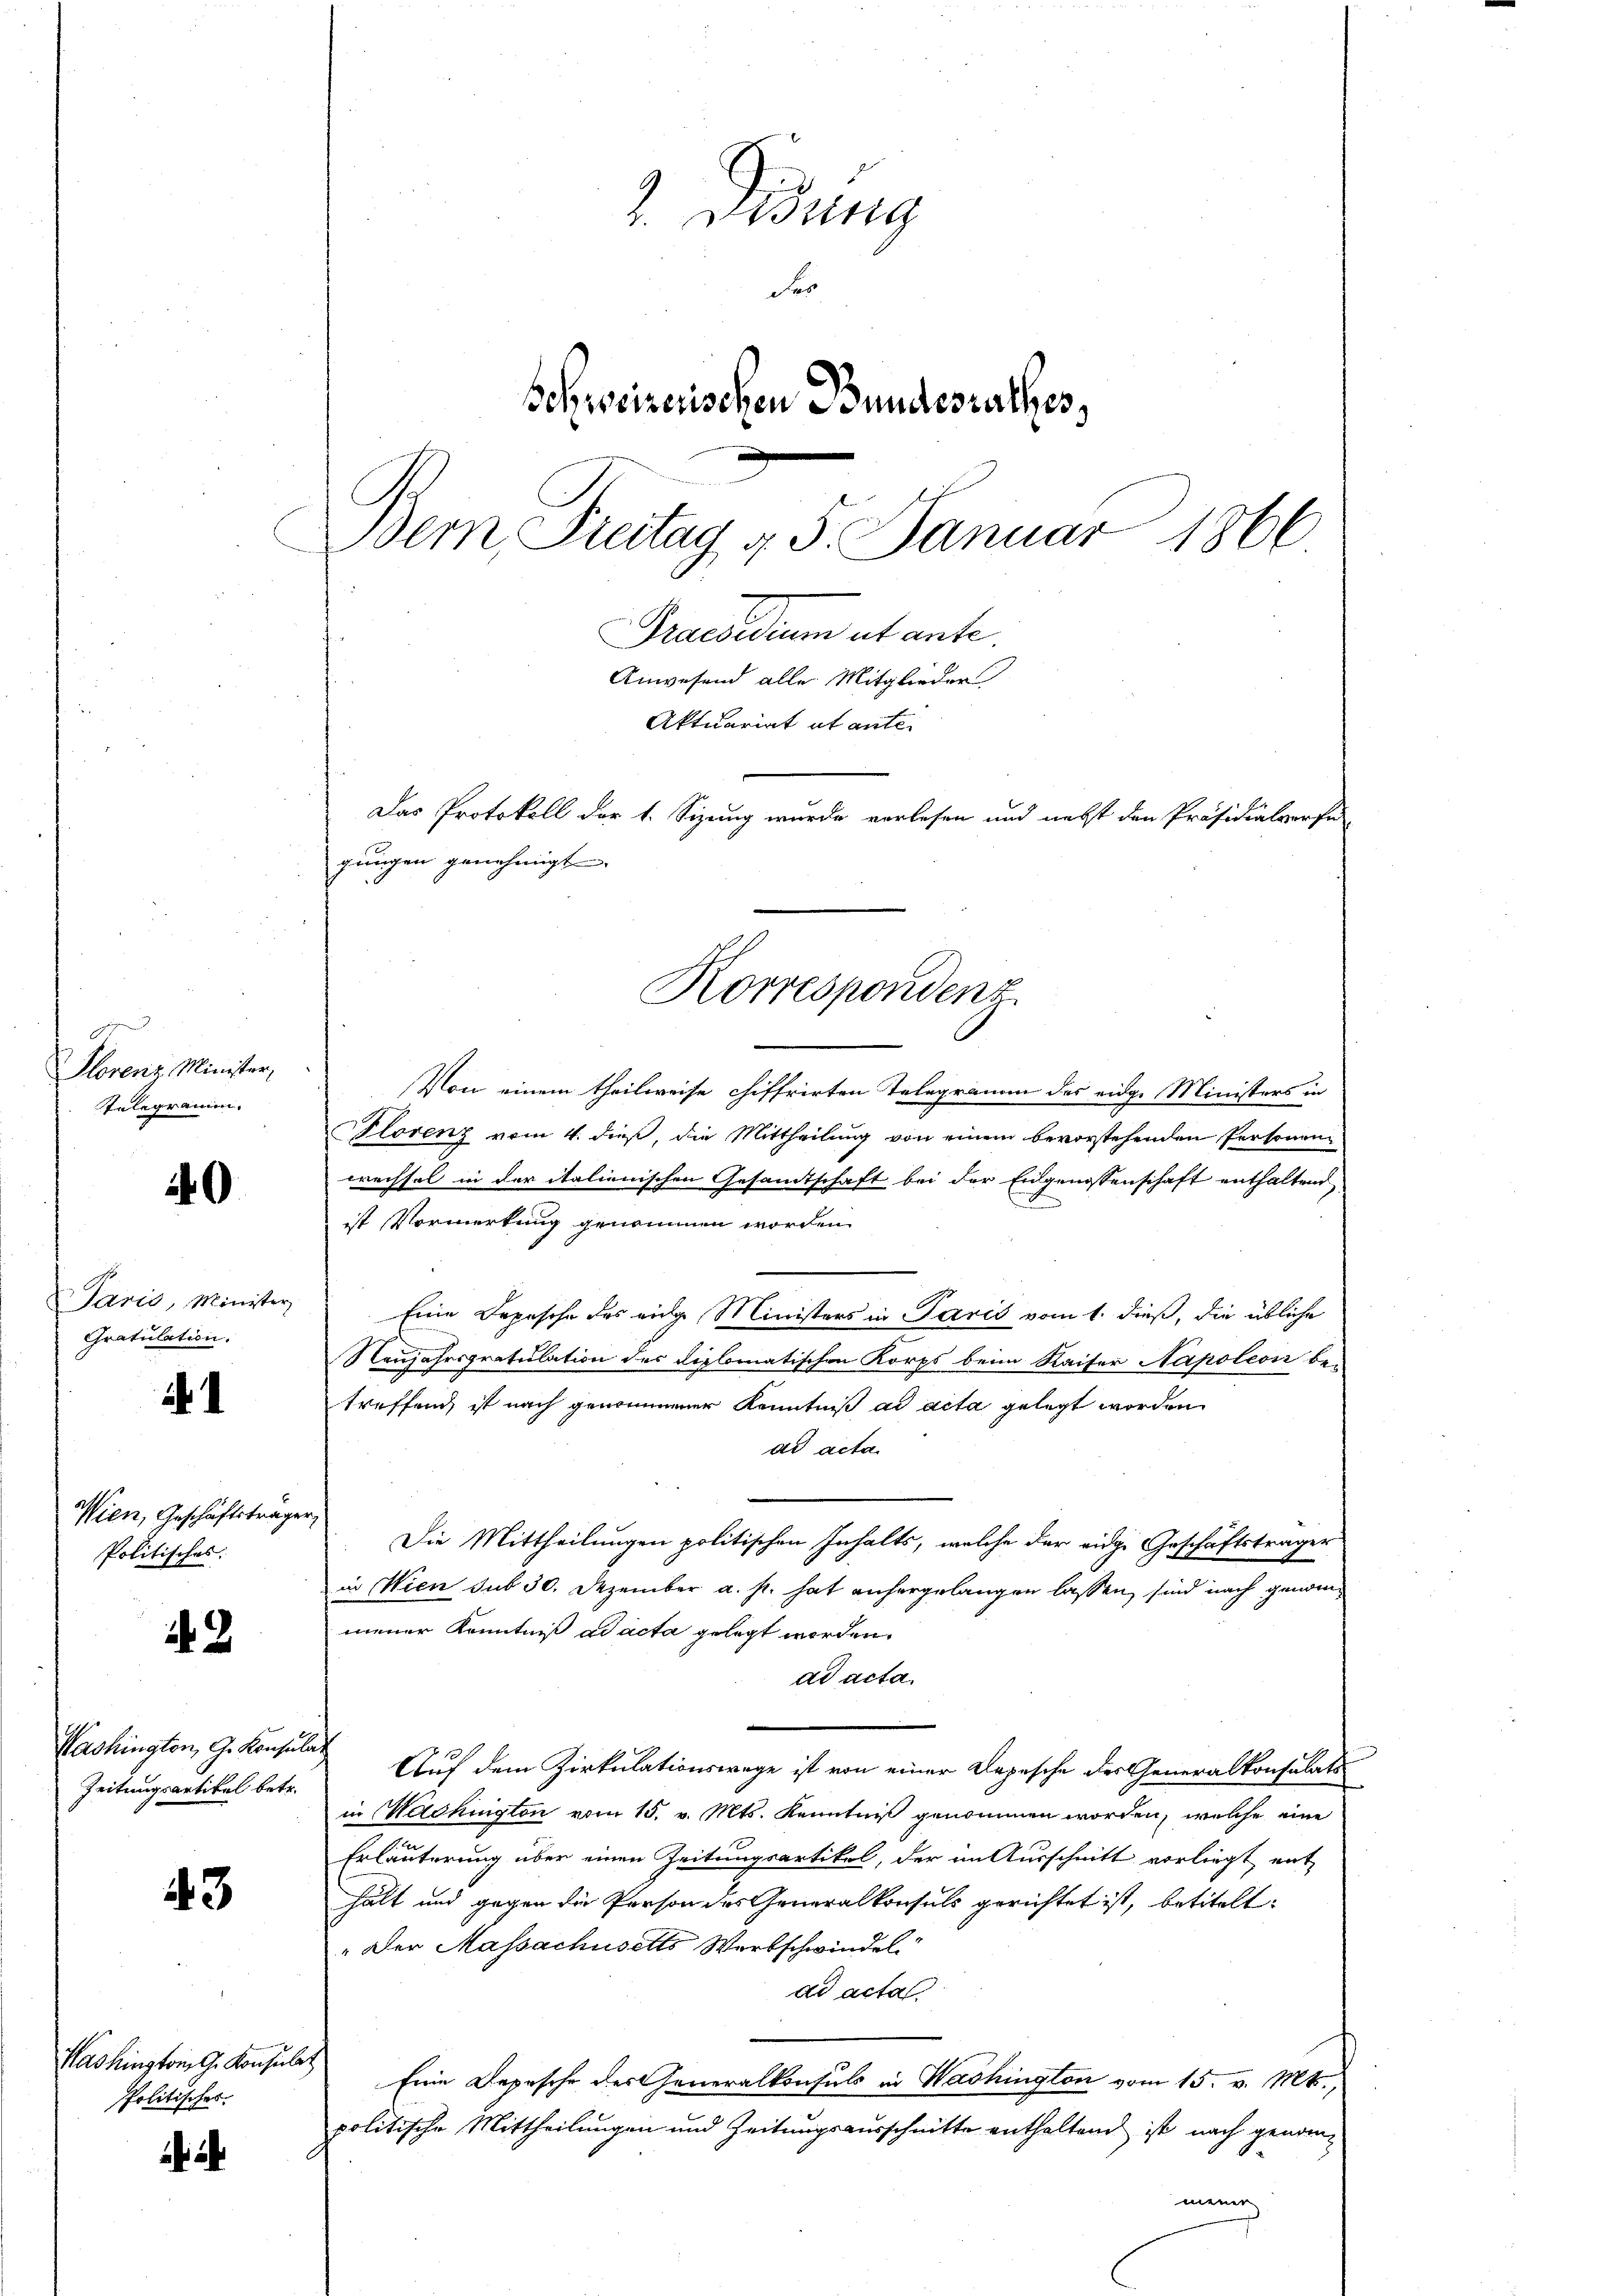
.
Florenz Minister,
telegramm.

40

PParis, Minister
Gratulation.

1

Wien, Geschäftstrage
Politisches:

49.

Washington, G. Konsula
Zeitungsartikel betr.

43

Washington G. Konsule
politischer

2. Disung
Se
Schweizerischen Bundesrathes,
Bern, Freitag v. 5. Januar 1866
s
Praesidium ut ante
Anwesend alle Mitglieder
Aktuariat et ante.
Das Protokoll der 1. Sizung wurde verlesen und nebst den Präsidialverfü-
gungen genehmigt

Von einem theilweise chiffrirten Telegramm des eidge Ministers in
Florenz vom 4. dieß, die Mittheilung von einem bevorstehenden Personen-
wechsel in der italienischen Gesandtschaft bei der Eidgenossenschaft enthaltend
ist Vormerkung genommen worden.
Eine Depesche des eidge Ministers in Paris vom 1. dieß, die übliche
Neujahrsgratulation des diplomatischen Korps beim Kaiser Napoleon be-
treffend, ist nach genommener Kenntniß ad acta gelegt worden
ad acta.
Die Mittheilungen politischen Inhalts, welche der eidge Geschäftsträger
in Wien sub 30. Dezember a. s. hat anhergelangen lassen, sind nach genommener Kenntniß ad acta gelegt werden.
ad acta.
Auf dem Zirkulationswege ist von einer Depesche des Generalkonsulati
in Machington vom 15. v. Mts. Kenntniß genommen worden, welche eine
Erläuterung über einen Zeitungsartikel, der im Ausschnitt vorliegt ent
hält und gegen die Person des eneralkonsuls gerichtet ist, betitelt:
" Der Massachusetts Wortschwindel
dd acta.
Eine Depesche des Generalkonsuls in Washington vom 15. v. Mts.,
politische Mittheilungen und Zeitungsausschnitte enthaltend ist nach genommener

Korrespondenz